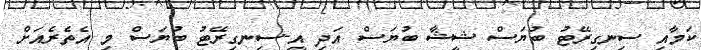
ކަމާއި ސިނގިރޭޓު ބުޔަސް ޝީޝާ ބުޔަސް އަދި އީ-ސިނގިރޭޓު ބުޔަސް މި އެތެރެއަށް